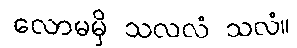
လောမမှိ သလလံ သလံ။